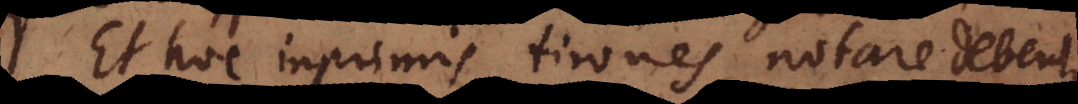
Et hoc inprimis tirones notare